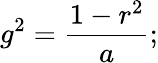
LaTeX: g^{2}={\frac{1-r^{2}}{a}};